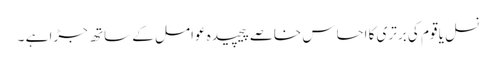
نسل یا قوم کی برتری کا احساس خاصے پیچیدہ عوامل کے ساتھ جڑا ہے ۔